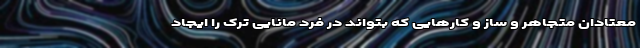
معتادان متجاهر و ساز و کارهایی که بتواند در فرد مانایی ترک را ایجاد